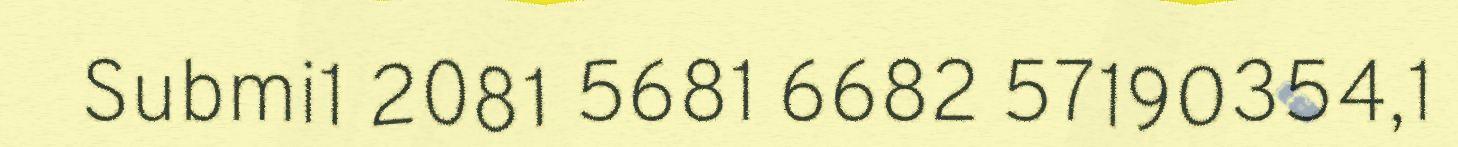
Submi1 2081 5681 6682 57190354,1